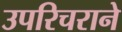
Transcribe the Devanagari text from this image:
उपरिचराने